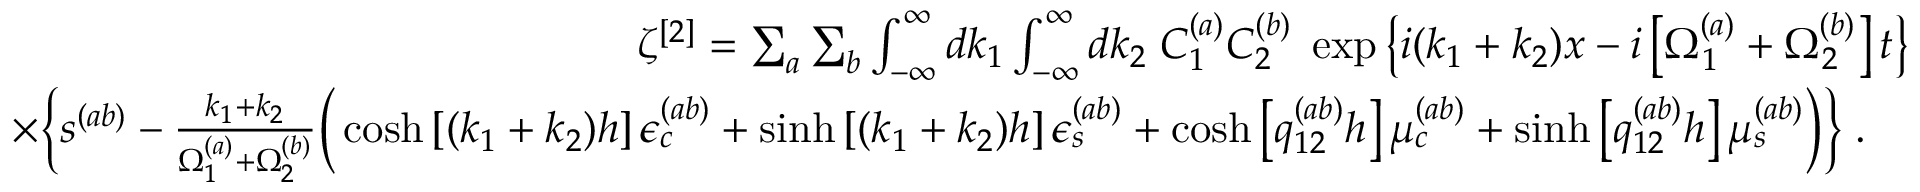
\begin{array} { r l r } & { } & { \zeta ^ { [ 2 ] } = \sum _ { a } \sum _ { b } \int _ { - \infty } ^ { \infty } d k _ { 1 } \int _ { - \infty } ^ { \infty } d k _ { 2 } \; C _ { 1 } ^ { ( a ) } C _ { 2 } ^ { ( b ) } \; \exp \big \{ i ( k _ { 1 } + k _ { 2 } ) x - i \left[ \Omega _ { 1 } ^ { ( a ) } + \Omega _ { 2 } ^ { ( b ) } \right] t \big \} } \\ & { } & { \times \bigg \{ s ^ { ( a b ) } - \frac { k _ { 1 } + k _ { 2 } } { \Omega _ { 1 } ^ { ( a ) } + \Omega _ { 2 } ^ { ( b ) } } \bigg ( \cosh \left[ ( k _ { 1 } + k _ { 2 } ) h \right] \epsilon _ { c } ^ { ( a b ) } + \sinh \left[ ( k _ { 1 } + k _ { 2 } ) h \right] \epsilon _ { s } ^ { ( a b ) } + \cosh \left[ q _ { 1 2 } ^ { ( a b ) } h \right] \mu _ { c } ^ { ( a b ) } + \sinh \left[ q _ { 1 2 } ^ { ( a b ) } h \right] \mu _ { s } ^ { ( a b ) } \bigg ) \bigg \} \; . \quad } \end{array}